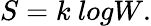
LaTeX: S=k\mathrm{\ }logW.